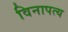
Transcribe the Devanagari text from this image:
विनापत्य